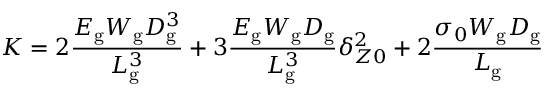
K = 2 \frac { { E _ { \mathrm { g } } W _ { \mathrm { g } } D _ { \mathrm { g } } ^ { 3 } } } { { L _ { \mathrm { g } } ^ { 3 } } } + 3 \frac { { E _ { \mathrm { g } } W _ { \mathrm { g } } D _ { \mathrm { g } } } } { { L _ { \mathrm { g } } ^ { 3 } } } \delta _ { Z 0 } ^ { 2 } + 2 \frac { { { \sigma _ { 0 } } W _ { \mathrm { g } } D _ { \mathrm { g } } } } { { L _ { \mathrm { g } } } }